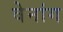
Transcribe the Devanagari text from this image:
वेनांग